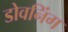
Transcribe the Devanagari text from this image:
डोवनिंग